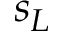
s _ { L }